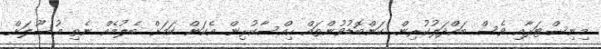
މިނިސްޓަރާއި ވެސް ބައްދަލުކުރިން. ކަންބޮޑުވުންތައް ހިއްސާކުރިން. އެކަން ކަމަށް ބެލުމެއް ނެތި އުސޫލަށް